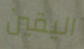
اليقين